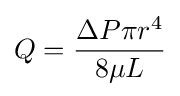
Q={\frac {\Delta P\pi r^{4}}{8\mu L}}